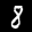
Label: 8